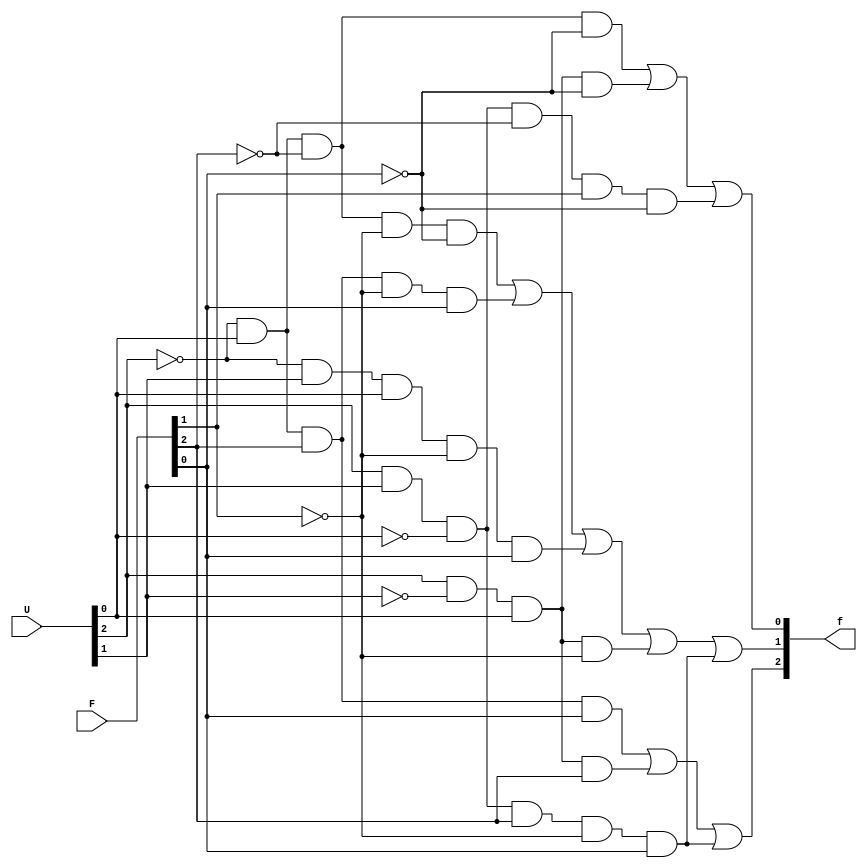
//AUTENTICAO DAS PERMISSES

module autenticate_permission(f, U, F);

	input [2:0]U; 
	input [2:0]F; 
	output [2:0]f;
	wire not_U0, not_U1, not_U2;
	wire not_F0, not_F1, not_F2;
	

	not Inv0(not_U0, U[0]);
	not Inv1(not_U1, U[1]);
	not Inv2(not_U2, U[2]);
	not Inv3(not_F0, F[0]);
	not Inv4(not_F1, F[1]);
	not Inv5(not_F2, F[2]);

	//For f[0] output
	and And0(T1, not_U2, U[0], not_F2, not_F0);
	and And1(T2, U[2], not_U1, U[0], not_F0);
	and And2(T3, U[2], U[1], not_U0, not_F2, F[1], not_F0);
	or Or0(f[0], T1, T2, T3);
	
	//For f[1] output
	and And3(G1, not_U2, U[0], not_F2, not_F1, not_F0);
	and And4(G2, not_U2, U[0], F[2], not_F1, F[0]);
	and And5(G3, not_U2, U[1], U[0], not_F1, F[0]);
	and And6(G4, U[2], not_U1, U[0], not_F1);
	and And7(G5, U[2], U[1], not_U0, F[2], not_F1, F[0]);
	or Or1(f[1], G1, G2, G3, G4, G5);
	
	//For f[2] output
	and And8(W1, not_U2, U[0], F[2], F[0]);
	and And9(W2, U[2], not_U1, U[0], F[2]);
	and And10(W3, U[2], U[1], not_U0, F[2], not_F1, F[0]);
	or Or2 (f[2], W1, W2, W3);

endmodule